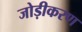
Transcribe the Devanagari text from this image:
जोड़ीकरण